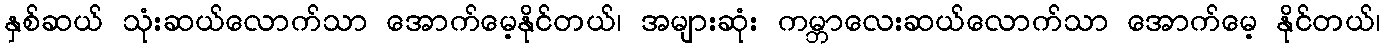
နှစ်ဆယ် သုံးဆယ်လောက်သာ အောက်မေ့နိုင်တယ်၊ အများဆုံး ကမ္ဘာလေးဆယ်လောက်သာ အောက်မေ့ နိုင်တယ်၊